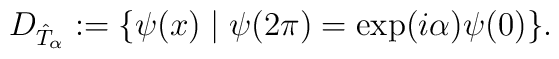
D_{\hat{T}_{\alpha}}:=\{\psi (x)\mid\psi(2\pi )=\exp(i\alpha)\psi(0)\}.